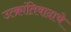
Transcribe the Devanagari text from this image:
उत्क्रांतिवादाचे